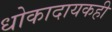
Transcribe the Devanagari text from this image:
धोकादायकही